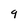
Character: 9